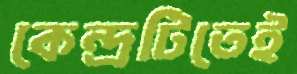
কেন্দ্রটিতেই